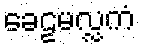
ခေဠမလ္လကံ